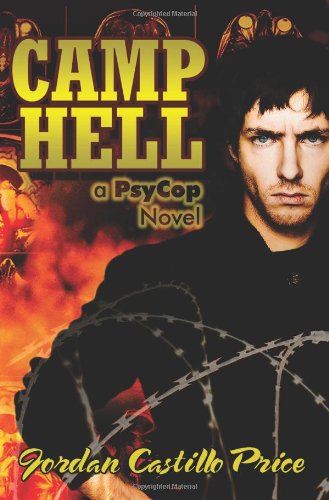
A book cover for Camp Hell: A Psycop Novel; Jordan Castillo Price; Gay & Lesbian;